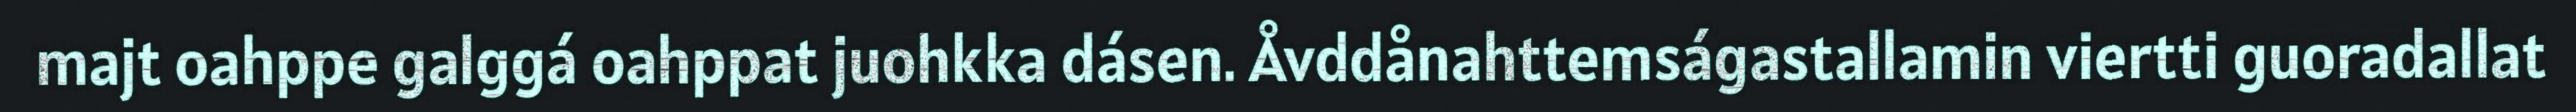
majt oahppe galggá oahppat juohkka dásen. Åvddånahttemságastallamin viertti guoradallat